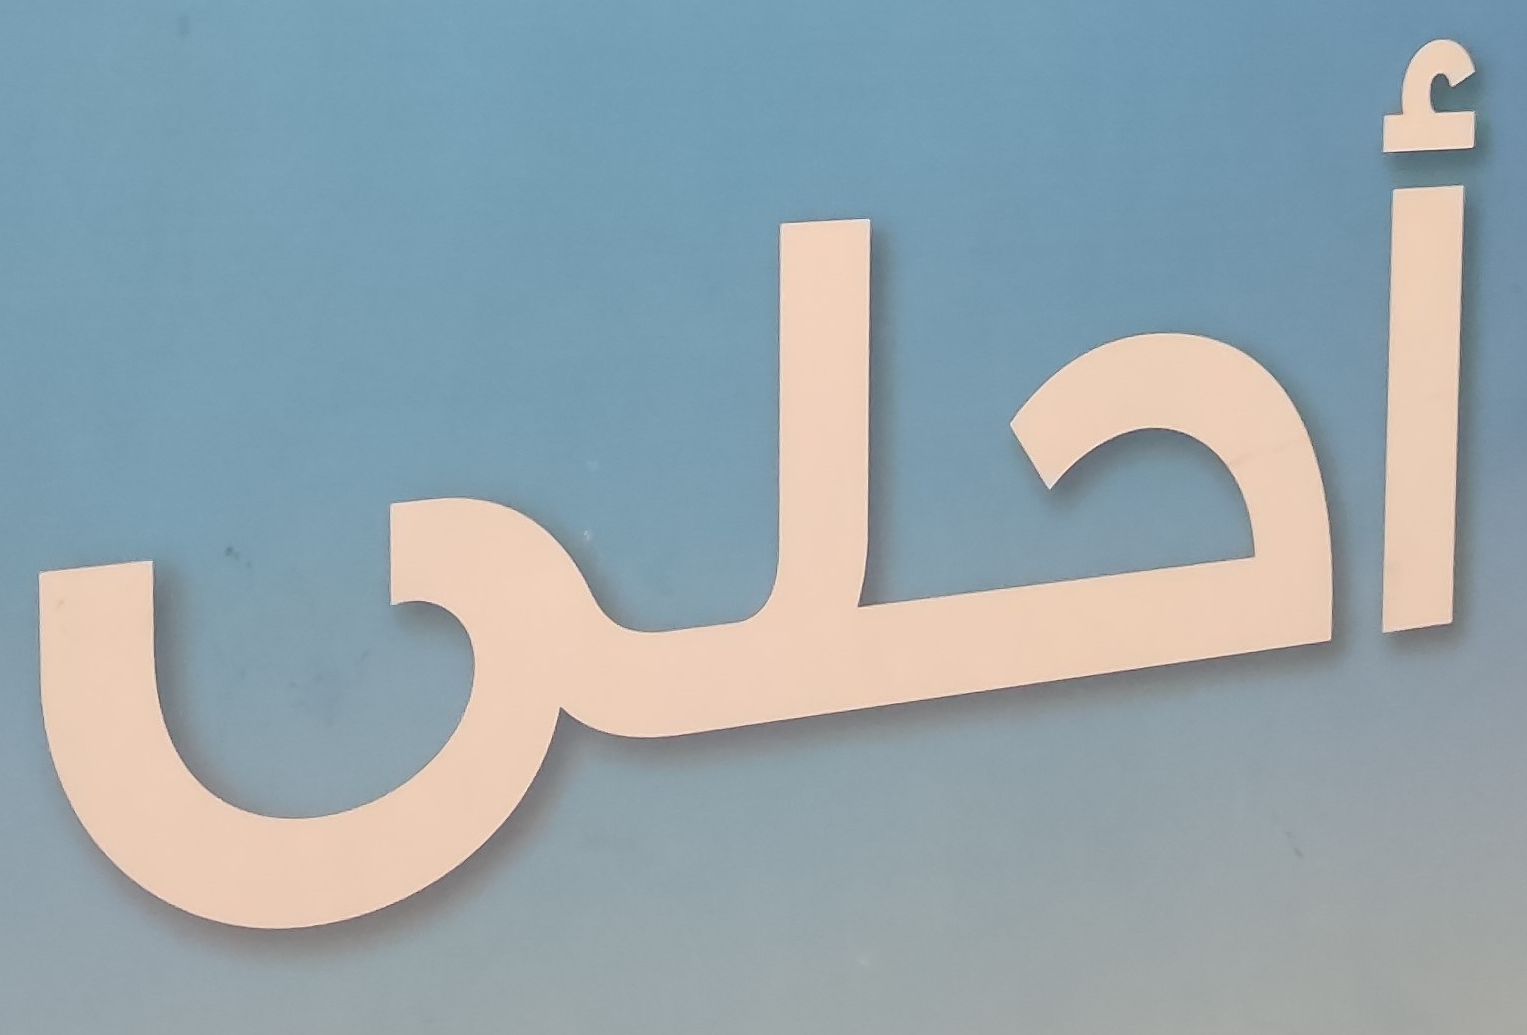
أحلى